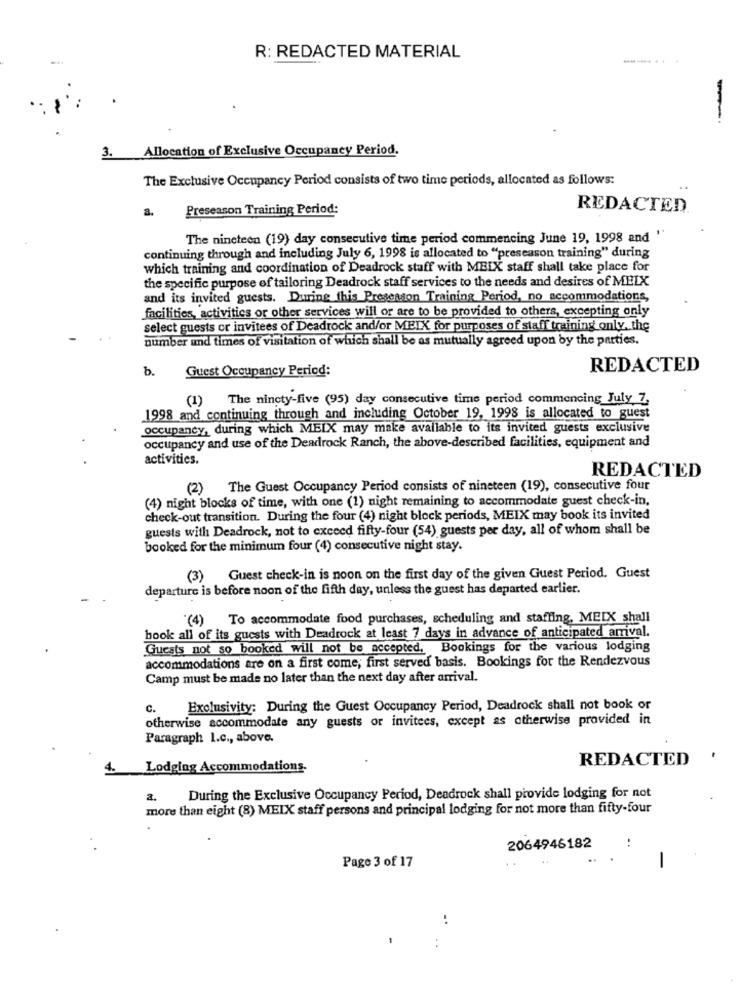
R: REDACTED MATERIAL
-
3. Allocation of Exclusive Occupancy Period.
The Exclusive Occupancy Period consists of two time periods, allocated as follows:
Preseason Training Period:
REDACTED
a
The nineteen (19) day consecutive time period commencing June 19, 1998 and '
continuing through and including July 6, 1998 is allocated to "preseason training" during
which training and coordination of Deadrock staff with MEIX staff shall take place for
the specific purpose of tailoring Deadrock staff services to the needs and desires of MELX
and its invited guests. During this Preseason Training Period, no accommodations,
facilities, activities or other services will or are to be provided to others, excepting only
select guests or invitees of Deadrock and/or MEIX for purposes of staff training only. the
number und times of visitation of which shall be as mutually agreed upon by the parties.
Guest Occupancy Period:
REDACTED
b.
(1)
The nincty-five (95) day consecutive time period commencing July 7,
1998 and continuing through and including October 19, 1998 is allocated to guest
occupancy, during which MEIX may make available to its invited guests exclusive
occupancy and use of the Deadrock Ranch, the above-described facilities, equipment and
activities.
REDACTED
(2) The Guest Occupancy Period consists of nineteen (19), consecutive four
(4) night blocks of time, with one (1) night remaining to accommodate guest check-in,
check-out transition. During the four (4) night block periods, MEIX may book its invited
guests with Deadrock, not to exceed fifty-four (54) guests per day, all of whom shall be
booked for the minimum four (4) consecutive night stay.
(3) Guest check-in is noon on the first day of the given Guest Period. Guest
departure is before noon of the fifth day, unless the guest has departed earlier.
(4) To accommodate food purchases, scheduling and staffing, MELK shall
book all of its guests with Deadrock at least 7 days in advance of anticipated arrival.
Guests not so booked will not be accepted, Bookings for the various lodging
accommodations are on a first come, first served basis. Bookings for the Rendezvous
Camp must be made no later than the next day after arrival.
C.
Exclusivity: During the Guest Occupancy Period, Deadrock shall not book or
otherwise accommodate any guests or invitees, except as otherwise provided in
Paragraph I.c ., above.
REDACTED
4.
Lodging Accommodations.
2.
During the Exclusive Occupancy Period, Deadrock shall provide lodging for not
more than eight (8) MEIX staff persons and principal lodging for not more than fifty-four
2064946182
..
Page 3 of 17
-
..